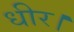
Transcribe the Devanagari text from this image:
धीर।